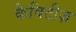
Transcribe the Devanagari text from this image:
कैविटीज़